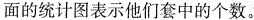
面的统计图表示他们套中的个数。